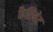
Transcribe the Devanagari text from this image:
कैप्टिवेट